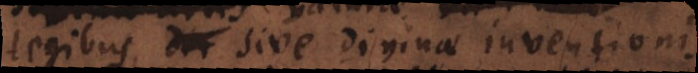
legibus, sive divinae inventionis